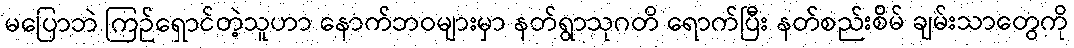
မပြောဘဲ ကြဉ်ရှောင်တဲ့သူဟာ နောက်ဘဝများမှာ နတ်ရွာသုဂတိ ရောက်ပြီး နတ်စည်းစိမ် ချမ်းသာတွေကို